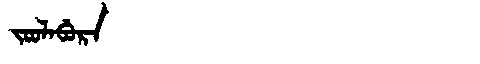
Manchu: ᠵᠣᠣᠯᠠᠪᡠᡵᠠ
Romanization: JOOLABURA